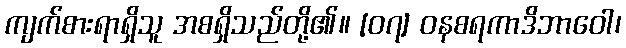
ကျက်စားရာရှိသူ အစရှိသည်တို့၏။ [၀၇] ဝနစရကာဒိဘာဝေါ၊